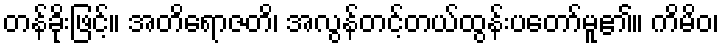
တန်ခိုးဖြင့်။ အတိရောဇတိ၊ အလွန်တင့်တယ်ထွန်းပတော်မူ၏။ ကိမိဝ၊